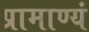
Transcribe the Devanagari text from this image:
प्रामाण्यं